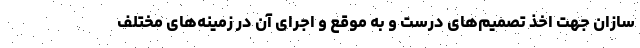
سازان جهت اخذ تصمیم‌های درست و به موقع و اجرای آن در زمینه‌های مختلف